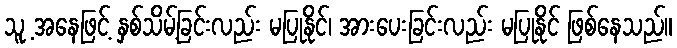
သူ့ အနေဖြင့် နှစ်သိမ့်ခြင်းလည်း မပြုနိုင်၊ အားပေးခြင်းလည်း မပြုနိုင် ဖြစ်နေသည်။